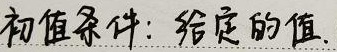
初值条件: 给定的值.